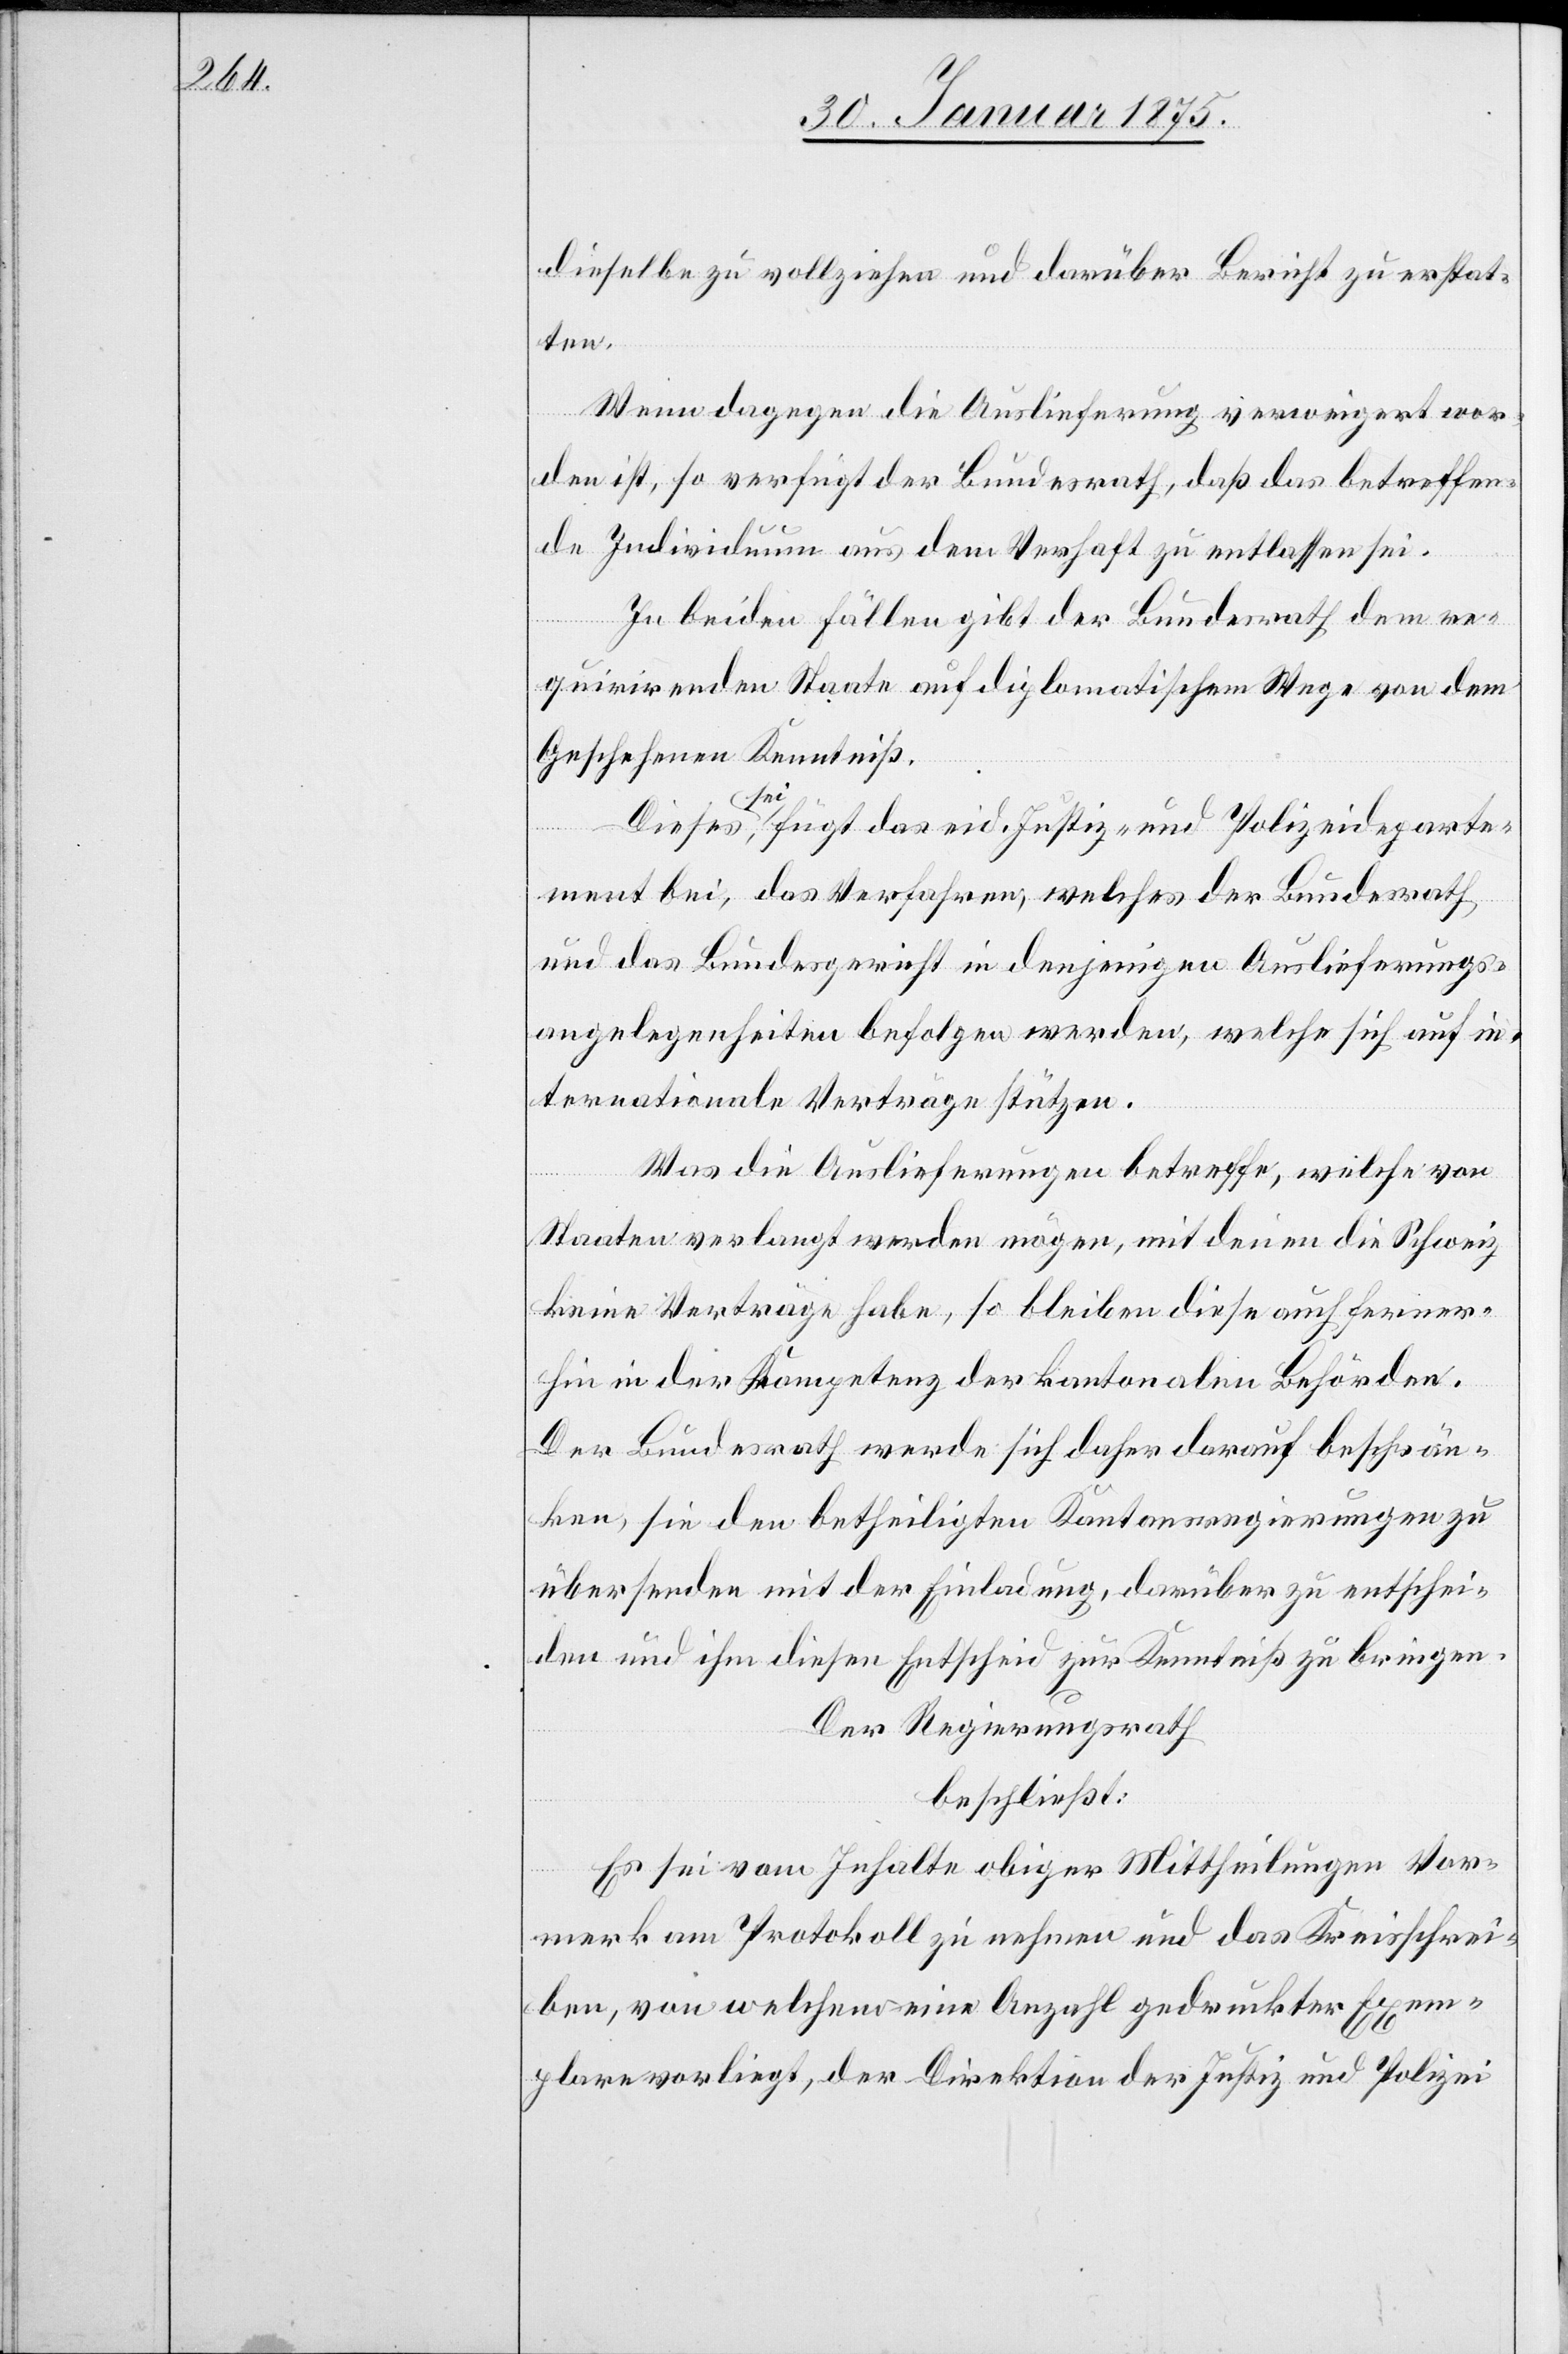
dieselbe zu vollziehen und darüber Bericht zu erstat¬
ten.
Wenn dagegen die Auslieferung verweigert wor¬
den ist, so verfügt der Bundesrath, daß das betreffen¬
de Individuum aus dem Verhaft zu entlassen sei.
In beiden Fällen gibt der Bundesrath dem re¬
quirirenden Staate auf diplomatischem Wege von dem
Geschehen Kenntniß-
ses
a-se¬
i-a, fügt das eid. Justiz- und Polizeideparte¬
ment bei, das Verfahren, welches der Bundesrath
und das Bundesgericht in denjenigen Auslieferungs¬
angelegenheiten befolgen werde, welche sich auf in¬
ternationale Verträge stützen.
Was die Auslieferungen betreffe, welche von
Staaten verlangt werden mögen, mit denen die Schweiz
keine Verträge habe, so bleiben diese auch ferner¬
hin in der Kompetenz der kantonalen Behörden.
Der Bundesrath werde sich daher darauf beschrän¬
ken, sie den betheiligten Kantonsregierungen zu
übersenden mit der Einladung, darüber zu entschei¬
den und ihm diesen Entscheid zur Kenntniß zu bringen.
Der Regierungsrath
beschließt:
Es sei vom Inhalte obiger Mittheilungen Vor¬
merk am Protokoll zu nehmen und das Kreisschrei¬
ben, von welchem eine Anzahl gedruckter Exem¬
plare vorliegt, der Direktion der Justiz und Polizei